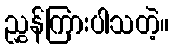
ညွှန်ကြားပါသတဲ့။